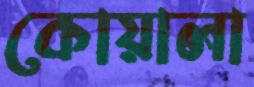
কোয়ালা